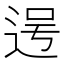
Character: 𮞐